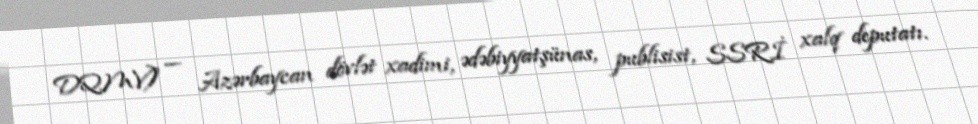
DQMV) — Azərbaycan dövlət xadimi, ədəbiyyatşünas, publisist, SSRİ xalq deputatı.